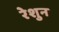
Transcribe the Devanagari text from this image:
रेशुन